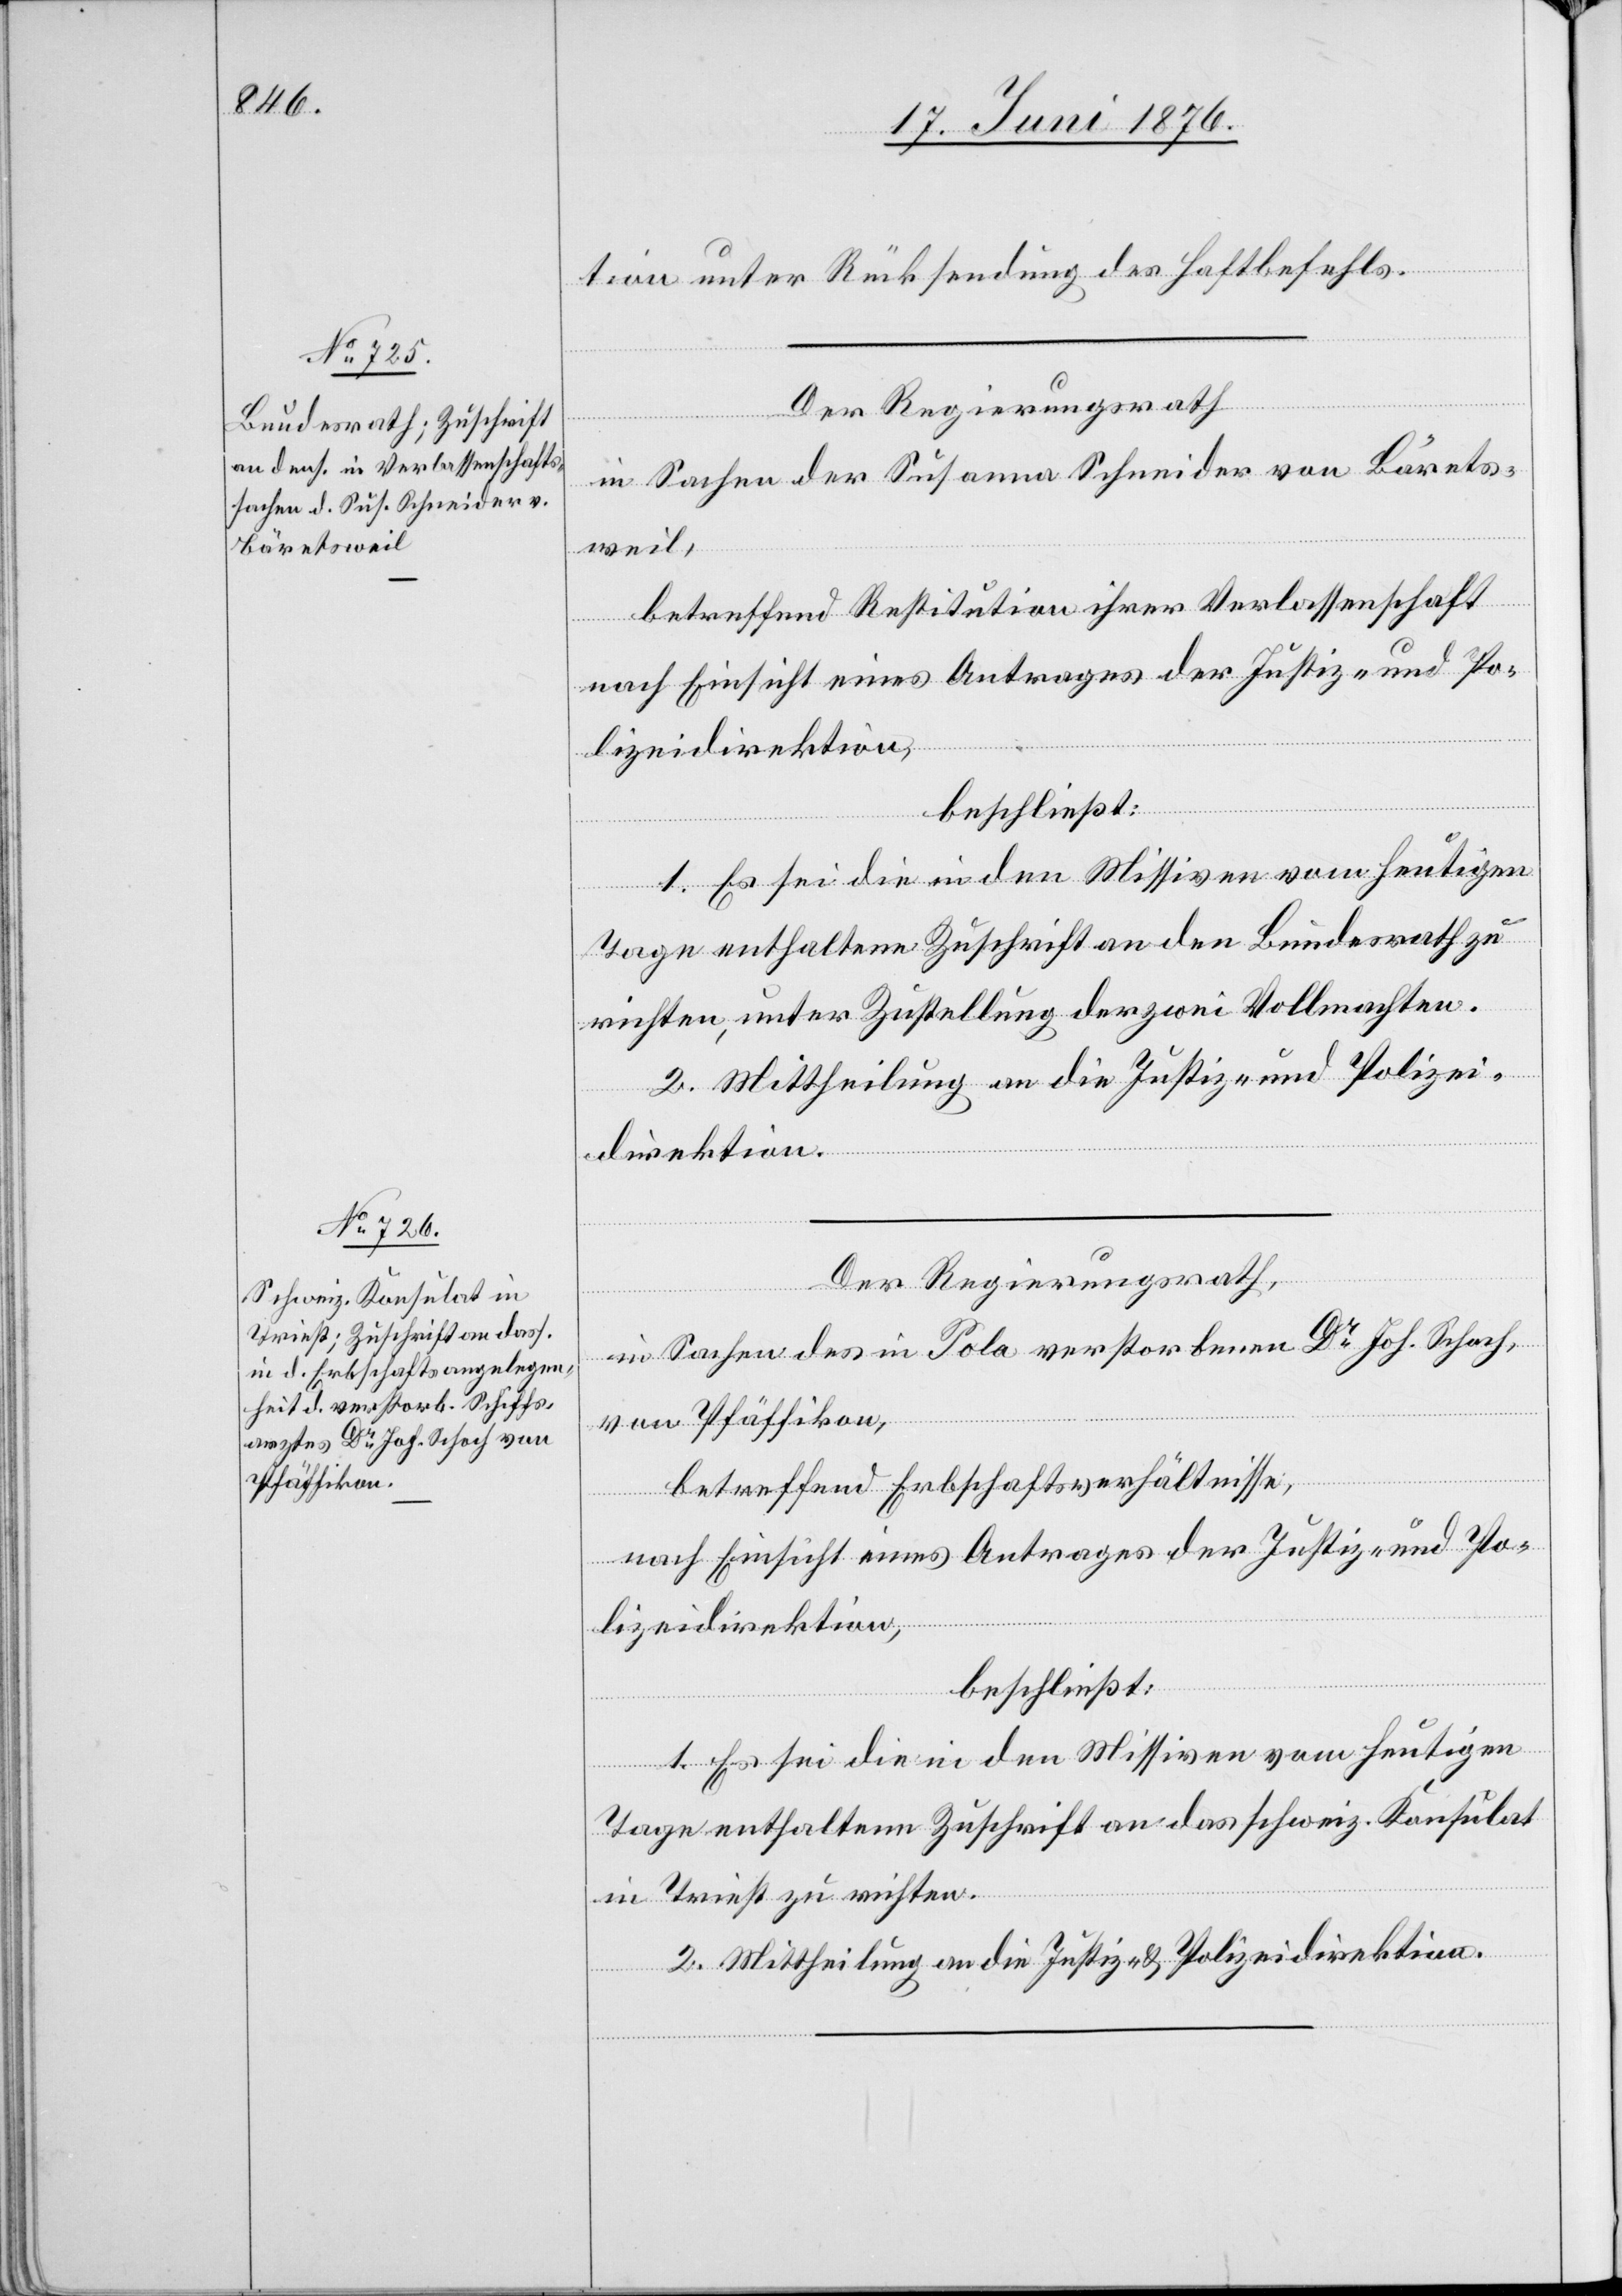
20. Juni 1876.]
tion unter Rücksendung des Haftbefehls.
Der Regierungsrath
in Sachen der Susanna Schneider von Bärets¬
weil,
betreffend Restitution ihrer Verlassenschaft
nach Einsicht eines Antrages der Justiz- und Po¬
lizeidirektion,
beschließt:
1. Es sei die in den Missiven vom heutigen
Tage enthaltene Zuschrift an den Bundesrath zu
richten, unter Zustellung der zwei Vollmachten.
2. Mittheilung an die Justiz- und Polizei¬
direktion.
in Sachen des in Pola verstorbenen Dr Joh. Schoch,
von Pfäffikon,
betreffend Erbschaftsverhältnisse,
nach Einsicht eines Antrages der Justiz- und Po¬
lizeidirektion,
beschließt:
1. Es sei die in den Missiven vom heutigen
Tage enthaltene Zuschrift an das schweiz. Konsulat
in Triest zu richten.
2. Mittheilung an die Justiz- & Polizeidirektion.